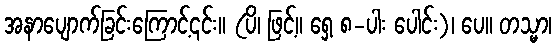
အနာပျောက်ခြင်းကြောင့်၎င်း။ (ပိ၊ ဖြင့်။ ရှေ့ ၈-ပါး ပေါင်း)၊ ပေ။ တသ္မာ၊